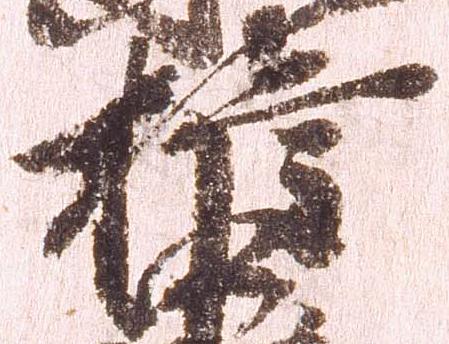
権